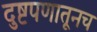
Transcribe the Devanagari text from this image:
दुष्टपणातूनच